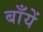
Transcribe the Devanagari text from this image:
बाँयें